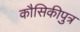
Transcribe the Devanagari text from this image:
कौसिकीपुत्र